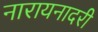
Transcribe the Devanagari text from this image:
नारायनादरी